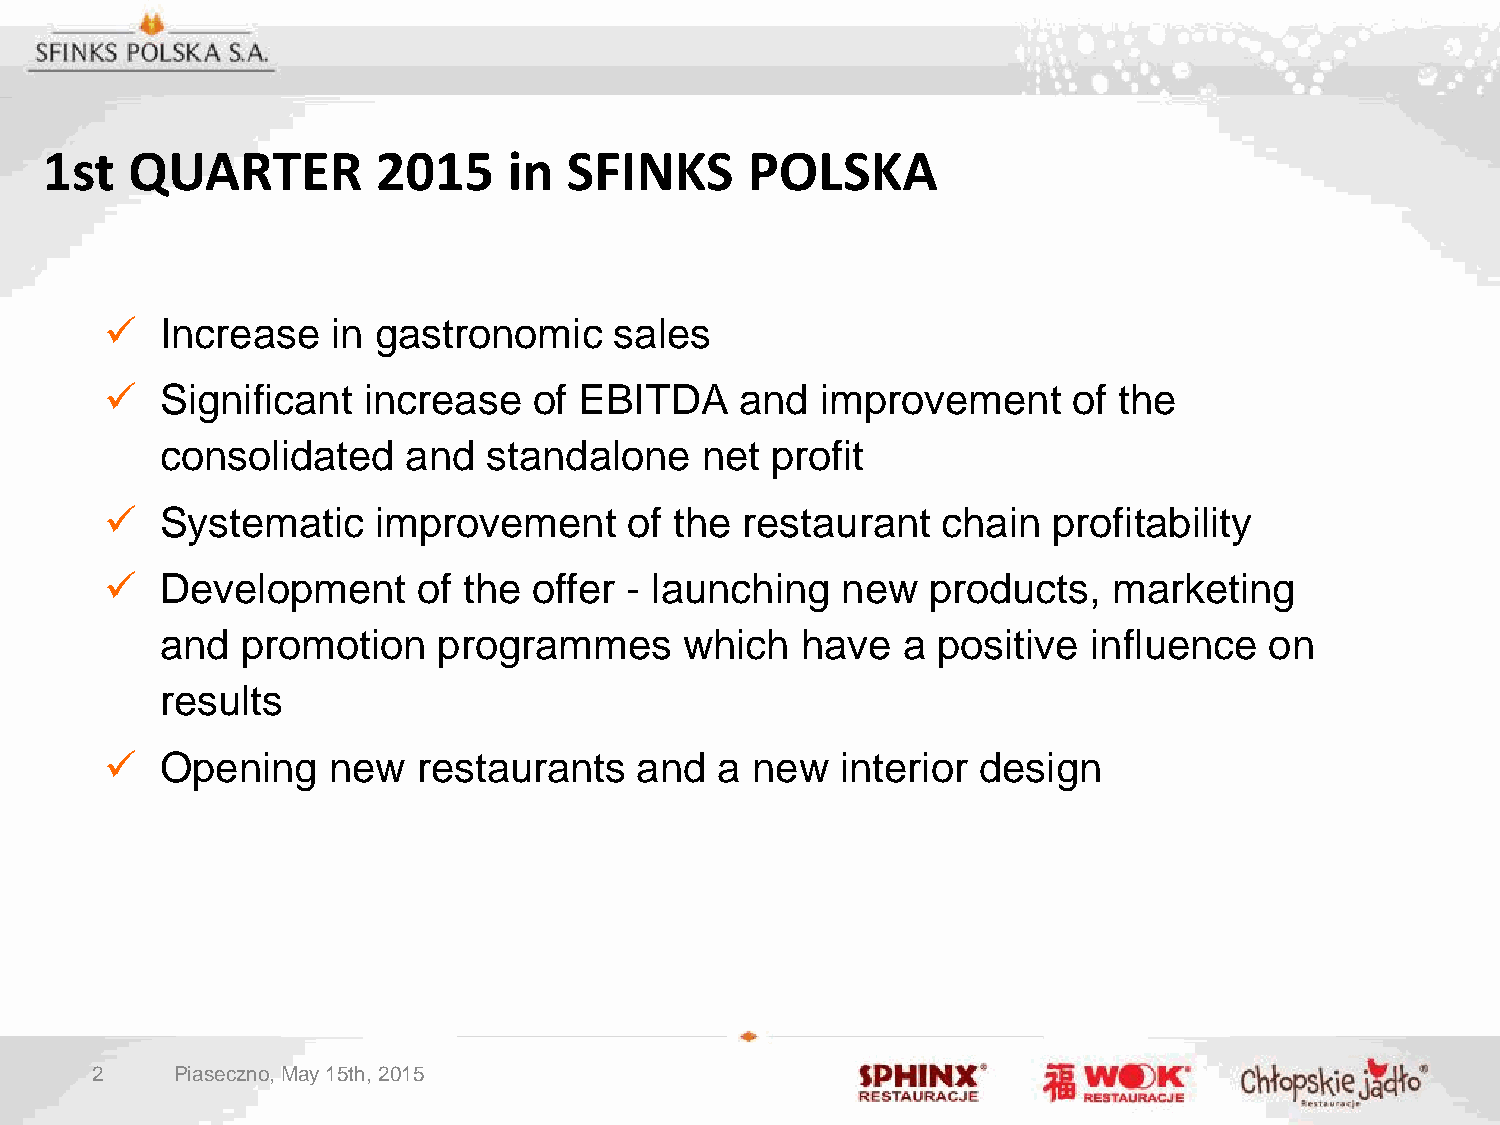
1st  QUARTER          2015     in  SFINKS      POLSKA
    Increase   in gastronomic     sales
    Significant  increase   of EBITDA     and  improvement      of the
 consolidated    and  standalone    net  profit
    Systematic    improvement      of the restaurant   chain   profitability
    Development      of the offer - launching    new   products,   marketing
 and  promotion    programmes      which   have   a positive  influence   on
 results
    Opening    new   restaurants   and  a  new   interior design
 2     Piaseczno, May 15th, 2015